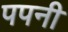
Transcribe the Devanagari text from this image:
पपनी